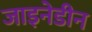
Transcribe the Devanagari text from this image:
जाइनेडीन